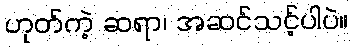
ဟုတ်ကဲ့ ဆရာ၊ အဆင်သင့်ပါပဲ။